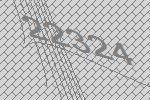
22324